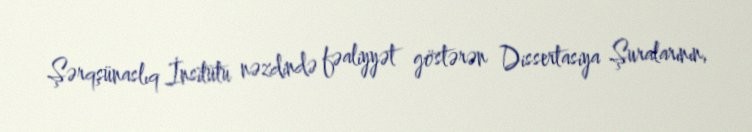
Şərqşünaslıq İnsitutu nəzdində fəaliyyət göstərən Dissertasiya Şuralarının,